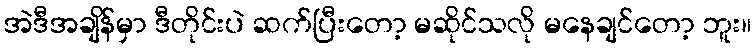
အဲဒီအချိန်မှာ ဒီတိုင်းပဲ ဆက်ပြီးတော့ မဆိုင်သလို မနေချင်တော့ ဘူး။